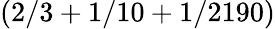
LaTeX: (2/3+1/10+1/2190)